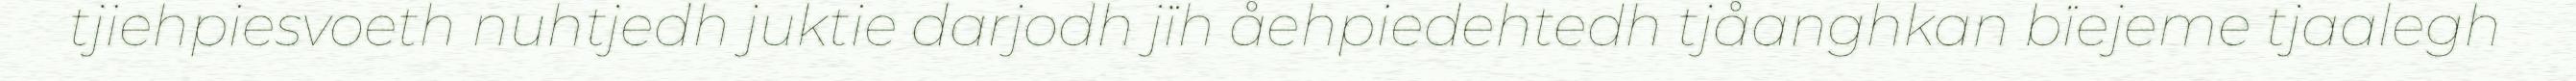
tjiehpiesvoeth nuhtjedh juktie darjodh jïh åehpiedehtedh tjåanghkan bïejeme tjaalegh